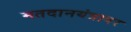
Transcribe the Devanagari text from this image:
मतदानयंत्रावर